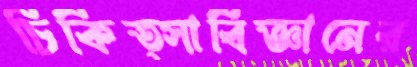
চিকিত্সাবিজ্ঞানের